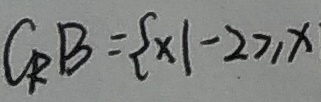
C _ { R } B = \{ x \vert - 2 \geq x